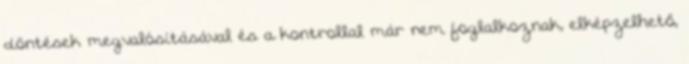
döntések megvalósításával és a kontrollal már nem foglalkoznak, elképzelhető,